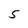
Character: 5